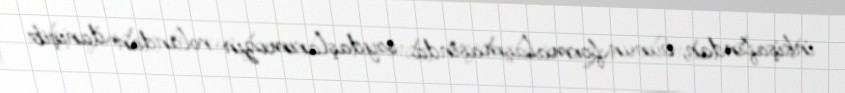
inkişafından, bunun formalaşmasında soydaşlarımızın rolundan danışıb.